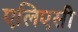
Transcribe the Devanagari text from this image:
एलिएसी